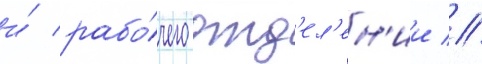
и́ рабо́чего отд'ел'ен'ии //